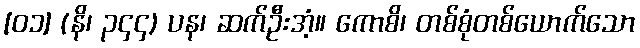
[၀၁] (နိ၊ ၃၄၄) ပန၊ ဆက်ဦးအံ့။ ကောစိ၊ တစ်စုံတစ်ယောက်သော